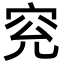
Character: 䆓